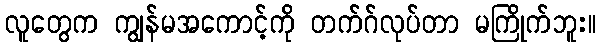
လူတွေက ကျွန်မအကောင့်ကို တက်ဂ်လုပ်တာ မကြိုက်ဘူး။